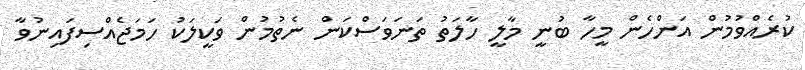
ކުރެއްވުމުން އަންހެން މީހާ ބުނީ މާލީ ހާލަތު ތަނަވަސްކަން ނެތުމުން ވަކީލަކު ހަމަޖެއްސިފައިނުވާ